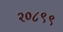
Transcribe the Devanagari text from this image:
२०८९९